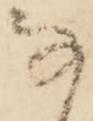
な